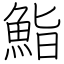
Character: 鮨